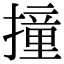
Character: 撞